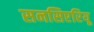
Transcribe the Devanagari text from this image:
सनसिएरियू